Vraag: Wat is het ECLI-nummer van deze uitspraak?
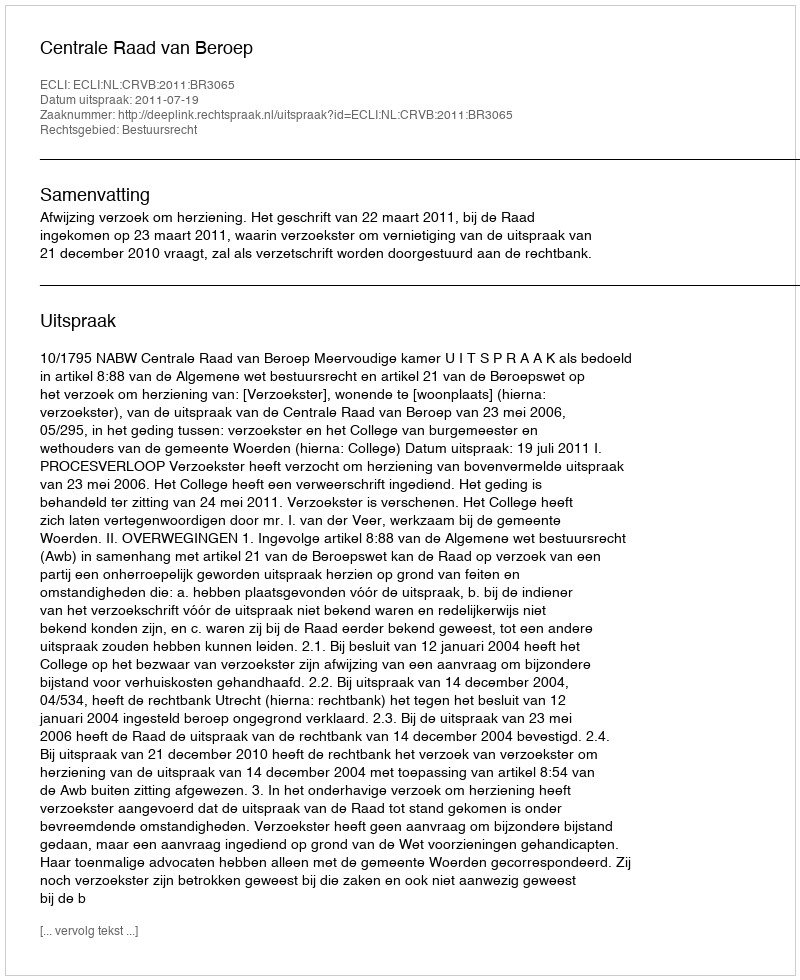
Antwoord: ECLI:NL:CRVB:2011:BR3065